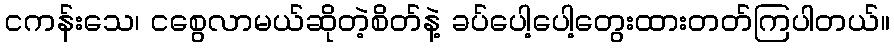
ငကန်းသေ၊ ငစွေလာမယ်ဆိုတဲ့စိတ်နဲ့ ခပ်ပေါ့ပေါ့တွေးထားတတ်ကြပါတယ်။